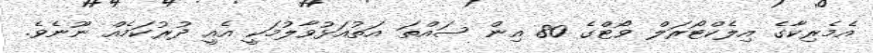
އެމެރިކާގެ އިލެކްޓޯރަލް ވޯޓްގެ 80 އިން ސައްތަ އަތުއަޅުވާލުމަކީ އެއީ ދުރުކަމެއް ނޫނެވެ.